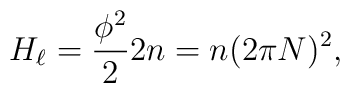
H_{\ell} =  \frac{\phi^2}{2}2n = n(2\pi N)^2,